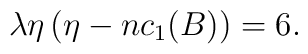
\lambda\eta\left(\eta - n c_1(B)\right)=6.